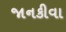
જાનકીવા